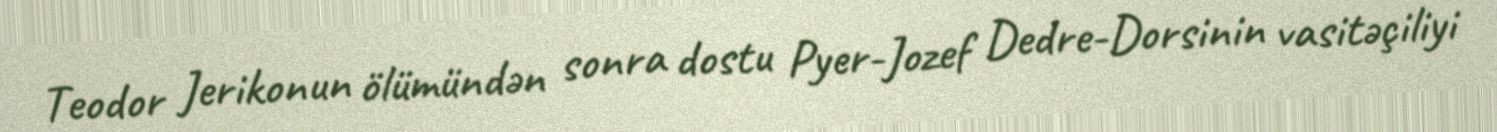
Teodor Jerikonun ölümündən sonra dostu Pyer-Jozef Dedre-Dorsinin vasitəçiliyi